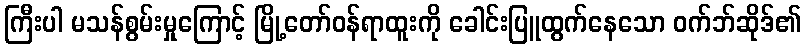
ကြီးပါ မသန်စွမ်းမှုကြောင့် မြို့တော်ဝန်ရာထူးကို ခေါင်းပြူထွက်နေသော ဝက်ဘ်ဆိုဒ်၏